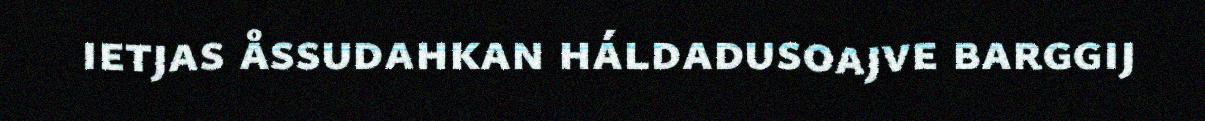
ietjas åssudahkan háldadusoajve barggij